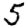
Digit: 5